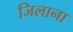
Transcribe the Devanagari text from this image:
जिलाना